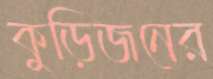
কুড়িজনের